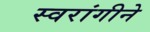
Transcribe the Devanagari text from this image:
स्वरांगीने